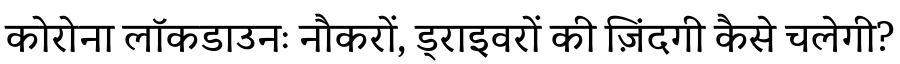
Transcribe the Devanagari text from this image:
कोरोना लॉकडाउनः नौकरों, ड्राइवरों की ज़िंदगी कैसे चलेगी?